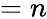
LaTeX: =n